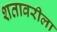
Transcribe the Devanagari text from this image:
शतावरीला